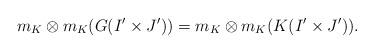
LaTeX: \begin{align*}m_K \otimes m_K(G(I' \times J')) = m_K \otimes m_K(K(I' \times J')).\end{align*}